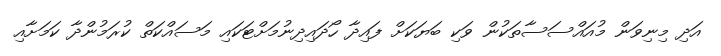
އަދި މިނިވަން މުއައްސަސާތަކުން ވަކި ބަޔަކަށް ފައިދާ ހޯދައިދިނުމަށްޓަކައި މަސައްކަތް ކުރަމުންދާ ކަމަށާއި